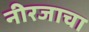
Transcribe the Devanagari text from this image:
नीरजाचा